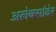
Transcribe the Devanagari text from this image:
अलेक्सांदेर